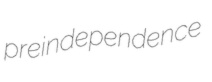
preindependence